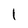
Character: I